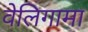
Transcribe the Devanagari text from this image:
वेलिगामा